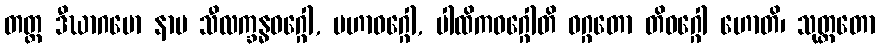
တတ္ထ ဒီဃာဂမော နာမ သီလက္ခန္ဓဝဂ္ဂေါ, မဟာဝဂ္ဂေါ, ပါထိကဝဂ္ဂေါတိ ဝဂ္ဂတော တိဝဂ္ဂေါ ဟောတိ၊ သုတ္တတော